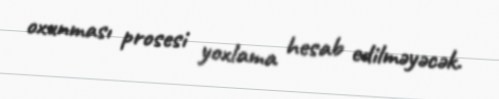
oxunması prosesi yoxlama hesab edilməyəcək.